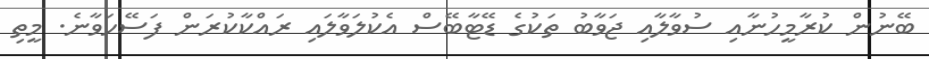
ބޭނުން ކުރާމީހުނާއި ސުވާލާއި ޖަވާބު ތަކުގެ ޑޭޓާބޭސް އެކުލަވާލައި ރައްކާކުރަން ފަސޭހަވާނެ. މީތި